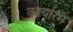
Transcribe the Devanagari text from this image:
कार्यारंम